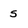
Character: s